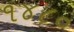
૧૪૮૦